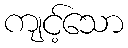
ကျင့်သော